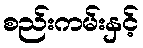
စည်းကမ်းနှင့်